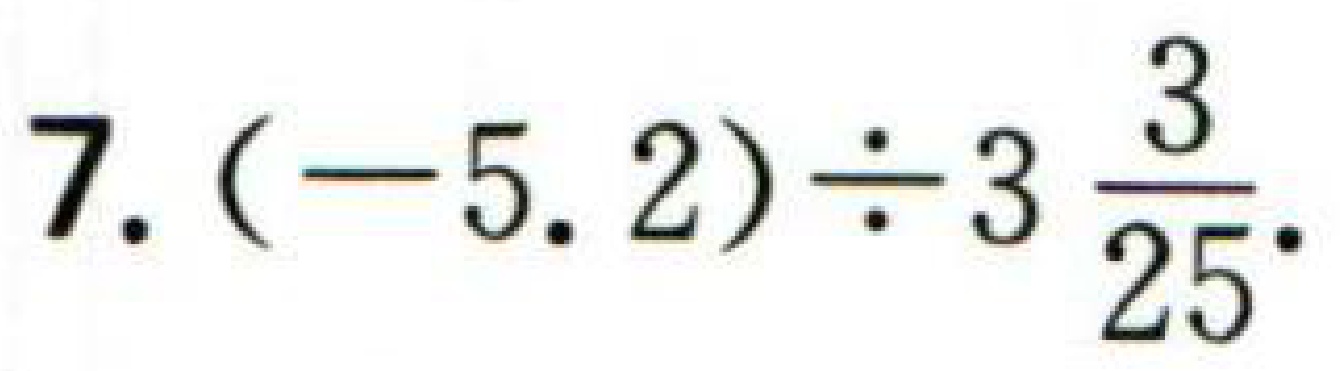
$7.(-5.2)\div3\frac{3}{25}$